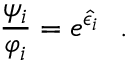
\frac { \psi _ { i } } { \varphi _ { i } } = e ^ { \hat { \epsilon } _ { i } } \ \ .